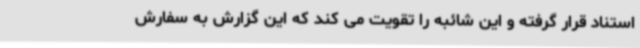
استناد قرار گرفته و این شائبه را تقویت می کند که این گزارش به سفارش